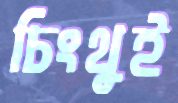
চিংথুই